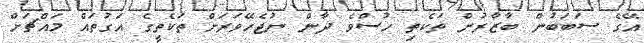
އޭގެ ސަބަބުން ބާޒާރުން ތަކެތި ހުސްވެ ދާން ނުޖެހޭވަރަށް ތަކެތީގެ އަގުތައް މައްޗަށް